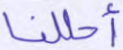
أحللنا